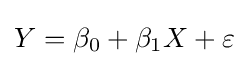
Y=\beta _{0}+\beta _{1}X+\varepsilon